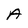
Character: A